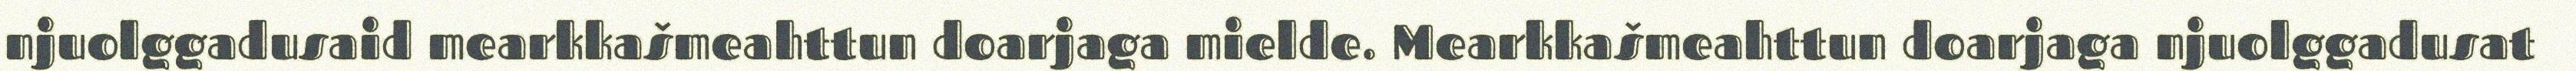
njuolggadusaid mearkkašmeahttun doarjaga mielde. Mearkkašmeahttun doarjaga njuolggadusat